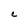
Character: C